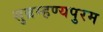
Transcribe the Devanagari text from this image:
सुब्रम्हण्यपुरम